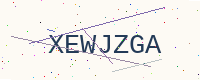
Text: XEWJZGA